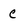
Character: C